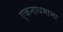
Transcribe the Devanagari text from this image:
एकनाथमामा